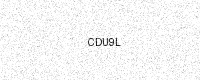
Text: CDU9L